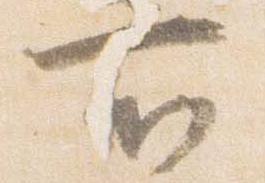
所